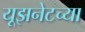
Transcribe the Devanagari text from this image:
यूझनेटच्या